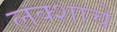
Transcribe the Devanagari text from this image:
लक्शाचे